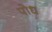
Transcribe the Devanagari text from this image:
पोध